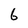
Character: 6